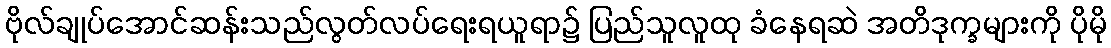
ဗိုလ်ချုပ်အောင်ဆန်းသည်လွတ်လပ်ရေးရယူရာ၌ ပြည်သူလူထု ခံနေရဆဲ အတိဒုက္ခများကို ပိုမို